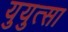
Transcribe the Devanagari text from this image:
युयुत्सा